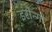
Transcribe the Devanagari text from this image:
इरोन्गो